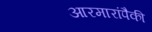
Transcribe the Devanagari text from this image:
आरमारांपैकी